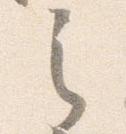
之